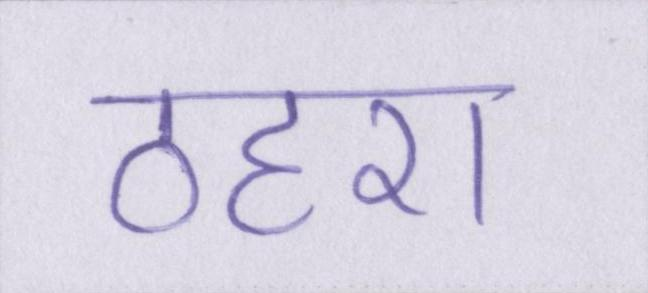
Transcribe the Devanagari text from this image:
ठहरा